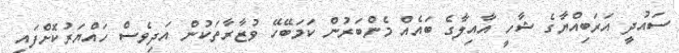
ސައުދީ އަރަބިއްޔާގެ ޝާހީ އާއިލާގެ ބައެއް މެންބަރުން ކަމަބޭހޭ ވުޒާރާތަކުން އަދިވެސް ހައްޔަރުކޮށްފައި